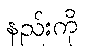
နည်းကို